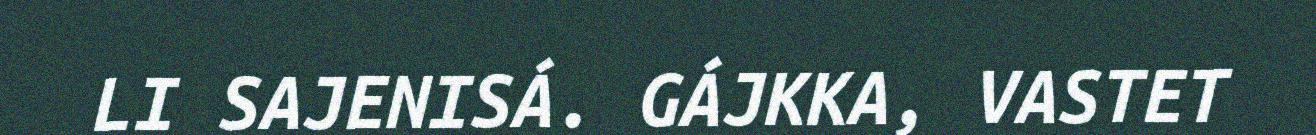
LI SAJENISÁ. GÁJKKA, VASTET